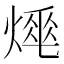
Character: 𤍡